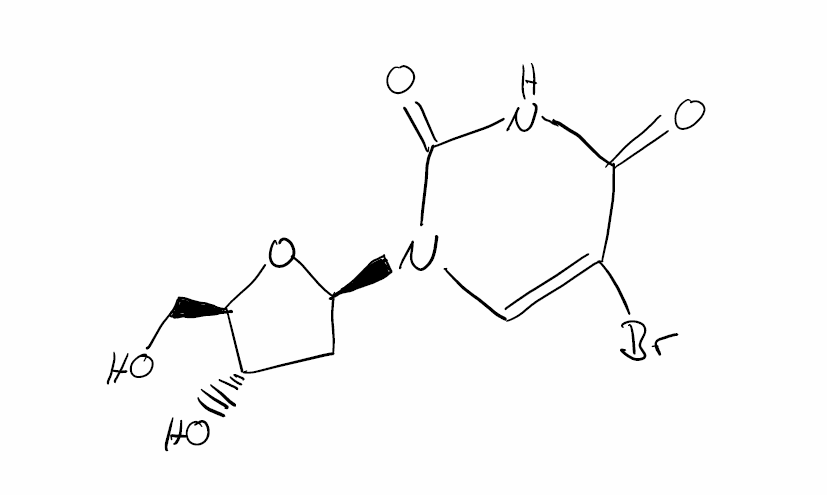
Simplified molecular-input line-entry system (SMILES) notation of the given molecule:
C1[C@@H]([C@H](O[C@H]1N2C=C(C(=O)NC2=O)Br)CO)O